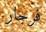
فرجار